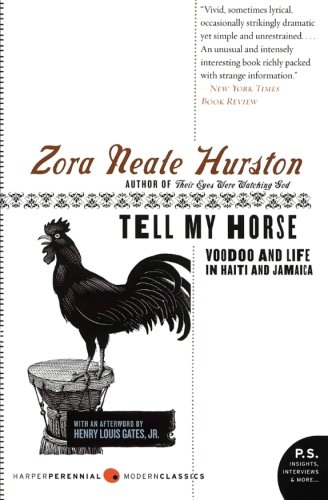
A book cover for Tell My Horse: Voodoo and Life in Haiti and Jamaica; Zora Neale Hurston; Travel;